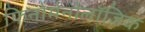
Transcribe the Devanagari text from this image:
फिनोमेनोलॉजिक